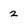
Character: 2